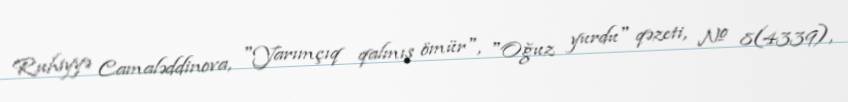
Ruhiyyə Camaləddinova, "Yarımçıq qalmış ömür", "Oğuz yurdu" qəzeti, № 8(4339),